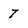
Character: 7